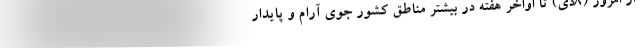
از امروز (۸دی) تا اواخر هفته در بیشتر مناطق کشور جوی آرام و پایدار